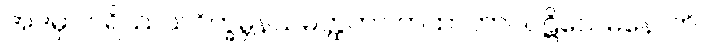
အဒမှာ ပရိဿယဝိက္ခမ္ဘနသမတ္ထတာ တထာဘာဝပဋိသေဓနောတိ